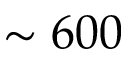
\sim 6 0 0